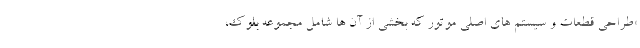
«طراحی قطعات و سیستم های اصلی موتور كه بخشي از آن ها شامل مجموعه بلوک،